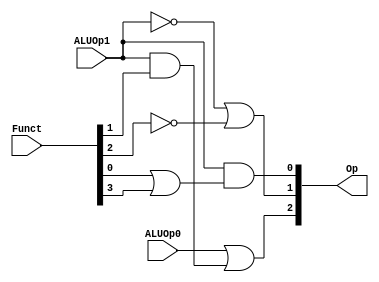
module alu_control (Op, ALUOp0, ALUOp1, Funct);
	output [2:0] Op;
	input ALUOp0, ALUOp1;
	input [5:0] Funct;

	assign Op[0] = ALUOp1 & (Funct[0] | Funct[3]);
	assign Op[1] = ~ALUOp1 | ~Funct[2];
	assign Op[2] = ALUOp0 | (ALUOp1 & Funct[1]);
endmodule

module tb_alu_control;
	wire [2:0] Op;
	reg ALUOp0, ALUOp1;
	reg [5:0] Funct;

	alu_control a1 (Op, ALUOp0, ALUOp1, Funct);

	initial
		begin
			$monitor (, "ALUOp1 = %b, ALUOp0 = %b, Funct = %6b, Op = %3b",
				ALUOp1, ALUOp0, Funct, Op);
			#0 ALUOp1 = 1'b0; ALUOp0 = 1'b0; Funct = 6'b000000;
			#2 ALUOp1 = 1'b0; ALUOp0 = 1'b1; Funct = 6'b000000;
			#2 ALUOp1 = 1'b1; ALUOp0 = 1'b0; Funct = 6'b000000;
			#2 ALUOp1 = 1'b1; ALUOp0 = 1'b0; Funct = 6'b000010;
			#2 ALUOp1 = 1'b1; ALUOp0 = 1'b0; Funct = 6'b000100;
			#2 ALUOp1 = 1'b1; ALUOp0 = 1'b0; Funct = 6'b000101;
			#2 ALUOp1 = 1'b1; ALUOp0 = 1'b0; Funct = 6'b001010;
		end
endmodule